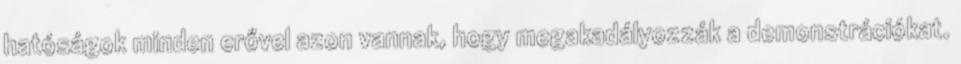
hatóságok minden erővel azon vannak, hogy megakadályozzák a demonstrációkat.